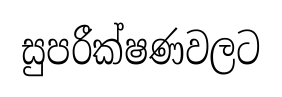
සුපරීක්ෂණවලට